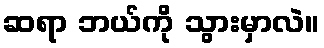
ဆရာ ဘယ်ကို သွားမှာလဲ။